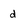
Character: d